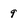
Character: 9